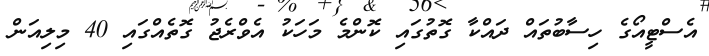
އެސްޓީއޯގެ ހިސާބުތައް ދައްކާ ގޮތުގައި ކޮންމެ މަހަކު އެވްރެޖު ގޮތެއްގައި 40 މިލިއަން